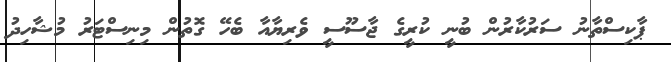
ޕާކިސްތާނު ސަރުކާރުން ބުނީ ކުރީގެ ޖާސޫސީ ވެރިޔާއާ ބެހޭ ގޮތުން މިނިސްޓަރު މުޝާހިދު